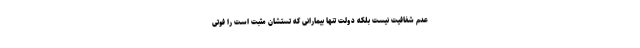
عدم شفافیت نیست بلکه دولت تنها بیمارانی که تستشان مثبت است را فوتی